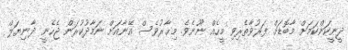
ދީނީކަންކަމަށް މާބޮޑަށް ފަރުވާތެރިވި މީހެއް ނޫނެވެ. މިޙާރުވެސް އޭނާއަށް ނަމާދުކުރަން ޖެހެނީ ދާނިޔަލް